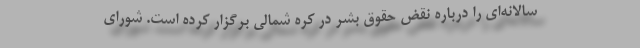
سالانه‌ای را درباره نقض حقوق بشر در کره شمالی برگزار کرده است. شورای